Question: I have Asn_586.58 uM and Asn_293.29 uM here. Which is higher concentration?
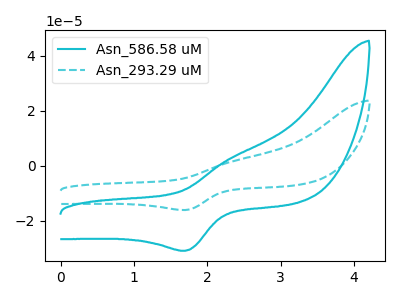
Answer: <think>The cyan curve "Asn_586.58 uM" has an anodic peak at (2.35V, 2.95uA) and a cathodic peak at (1.70V, -30.95uA). The cyan dashed curve "Asn_293.29 uM" has an anodic peak at (2.35V, 1.55uA) and a cathodic peak at (1.70V, -16.15uA).
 All the peaks in "Asn_586.58 uM" have a peak in "Asn_293.29 uM" at the same potential. Every peak in "Asn_586.58 uM" is higher than every peak in "Asn_293.29 uM".</think>
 <answer>"Asn_586.58 uM" has more signal than "Asn_293.29 uM" and so likely has a higher concentration.</answer>
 <eval>more_concentration</eval>